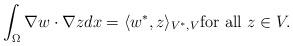
LaTeX: \begin{align*} \int_{\Omega }^{}\nabla w\cdot \nabla z dx = \langle w^*,z \rangle _{V^*,V}\hbox{for~all~} z \in V.\end{align*}